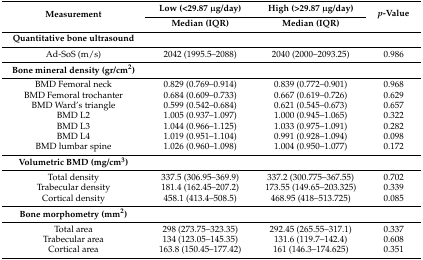
| <ROWSPAN=2> Measurement | Low (<29.87 μg/day) | High (>29.87 μg/day) | <ROWSPAN=2> p-Value |
 | Median (IQR) | Median (IQR) |
 | --- | --- | --- | --- |
 | Quantitative bone ultrasound |  |  |  |
 | Ad-SoS (m/s) | 2042 (1995.5–2088) | 2040 (2000–2093.25) | 0.986 |
 | Bone mineral density (gr/cm2) |  |  |  |
 | BMD Femoral neck | 0.829 (0.769–0.914) | 0.839 (0.772–0.901) | 0.968 |
 | BMD Femoral trochanter | 0.684 (0.609–0.733) | 0.667 (0.619–0.726) | 0.629 |
 | BMD Ward’s triangle | 0.599 (0.542–0.684) | 0.621 (0.545–0.673) | 0.657 |
 | BMD L2 | 1.005 (0.937–1.097) | 1.000 (0.945–1.065) | 0.322 |
 | BMD L3 | 1.044 (0.966–1.125) | 1.033 (0.975–1.091) | 0.282 |
 | BMD L4 | 1.019 (0.951–1.104) | 0.991 (0.928–1.094) | 0.098 |
 | BMD lumbar spine | 1.026 (0.960–1.098) | 1.004 (0.950–1.077) | 0.172 |
 | Volumetric BMD (mg/cm3) |  |  |  |
 | Total density | 337.5 (306.95–369.9) | 337.2 (300.775–367.55) | 0.702 |
 | Trabecular density | 181.4 (162.45–207.2) | 173.55 (149.65–203.325) | 0.339 |
 | Cortical density | 458.1 (413.4–508.5) | 468.95 (418–513.725) | 0.085 |
 | Bone morphometry (mm2) |  |  |  |
 | Total area | 298 (273.75–323.35) | 292.45 (265.55–317.1) | 0.337 |
 | Trabecular area | 134 (123.05–145.35) | 131.6 (119.7–142.4) | 0.608 |
 | Cortical area | 163.8 (150.45–177.42) | 161 (146.3–174.625) | 0.351 |